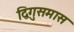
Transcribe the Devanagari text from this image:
द्विगुसमास